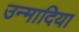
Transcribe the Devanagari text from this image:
उन्मादिया